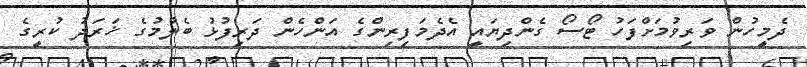
ދެމީހުން ވަރިވުމަށްފަހު ޓޯސޯ ގެންދިޔައީ އެދެމަފިރިންގެ އަންހެން ދަރިފުޅު ބެލުމުގެ ޚަރަދު ކުރީގެ